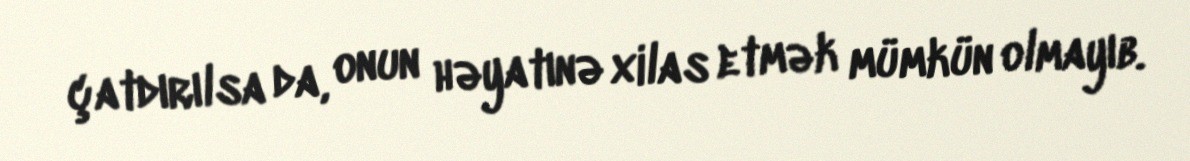
çatdırılsa da, onun həyatınə xilas etmək mümkün olmayıb.